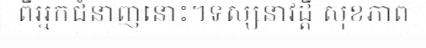
ពីអ្នកជំនាញនោះ។ទស្សនាវដ្តី សុខភាព